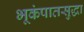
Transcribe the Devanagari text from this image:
भूकंपातसुद्धा